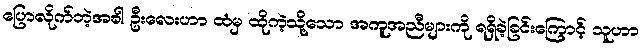
ပြောလိုက်တဲ့အခါ ဦးလေးဟာ ထံမှ ထိုကဲ့သို့သော အကူအညီများကို ရရှိခဲ့ခြင်းကြောင့် သူဟာ